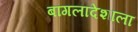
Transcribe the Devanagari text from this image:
बांगलादेशाला